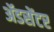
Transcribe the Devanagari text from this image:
ॲडसेंटर